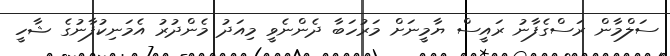
ސަލްމާން ރަސްގެފާނު ރައީސް ޔާމީނަށް މަރުހަބާ ދެންނެވީ މިއަދު މެންދުރު އެމަނިކުފާނުގެ ޝާހީ